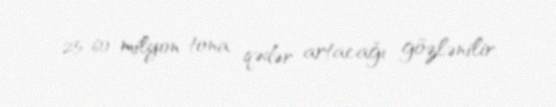
25-60 milyon tona qədər artacağı gözlənilir.